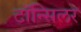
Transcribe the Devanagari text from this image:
टॉन्सिलर